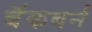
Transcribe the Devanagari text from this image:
बॅकबर्न